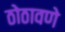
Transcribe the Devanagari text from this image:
ठोठावणे